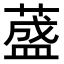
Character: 𦼦